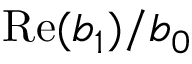
\mathrm { R e } ( b _ { 1 } ) / b _ { 0 }